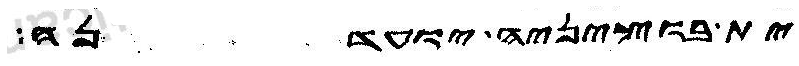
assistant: ית בוציניה יועדנה